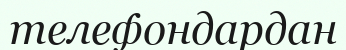
телефондардан